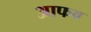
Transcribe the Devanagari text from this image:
आफव